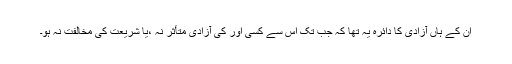
ان کے ہاں آزادی کا دائرہ یہ تھا کہ جب تک اس سے کسی اور کی آزادی متأثر نہ ،یا شریعت کی مخالفت نہ ہو۔